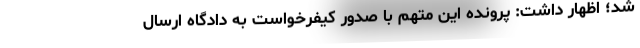
شد؛ اظهار داشت: پرونده این متهم با صدور کیفرخواست به دادگاه ارسال